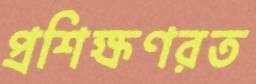
প্রশিক্ষণরত